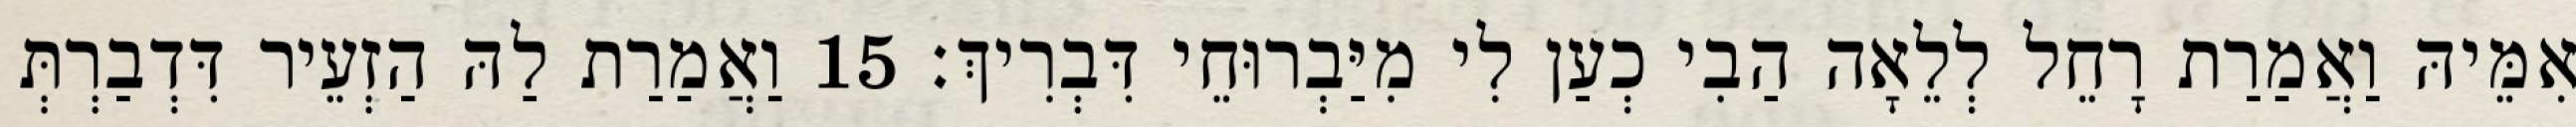
אִמֵּיהּ וַאֲמַרַת רָחֵל לְלֵאָה הַבִי כְעַן לִי מִיַּבְרוּחֵי דִּבְרִיךְ׃ 15 וַאֲמַרַת לַהּ הַזְעֵיר דִּדְבַרְתְּ